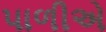
પાળીએ